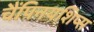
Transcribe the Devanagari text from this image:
चैंपिनयशिप्स